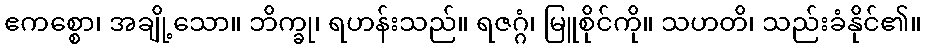
ဧကစ္စော၊ အချို့သော။ ဘိက္ခု၊ ရဟန်းသည်။ ရဇဂ္ဂံ၊ မြူစိုင်ကို။ သဟတိ၊ သည်းခံနိုင်၏။